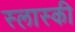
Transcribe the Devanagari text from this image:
स्लास्की